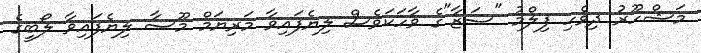
މަޝްހޫރު ދިވެހި ފިލްމު "ސަޒާ"ގެ ވާހަކަވެސް ލިޔެފައިވާ މަރިޔަމް މޫސާ ލިޔެފައިވާ ލޯބީގެ